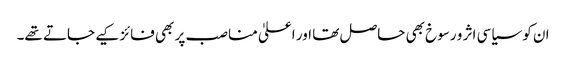
ان کو سیاسی اثر و رسوخ بھی حاصل تھا اور اعلیٰ مناصب پر بھی فائز کیے جاتے تھے۔